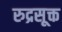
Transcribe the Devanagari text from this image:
रुद्रसूक्त